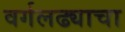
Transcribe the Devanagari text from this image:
वर्गलढ्याचा